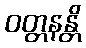
ဝတ္တနန္တိ